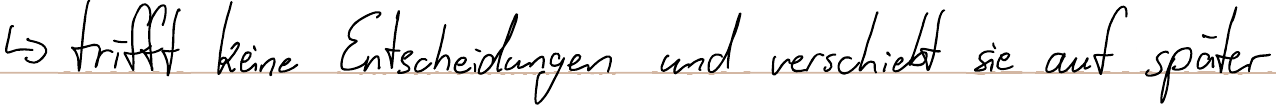
-> trifft keine Entscheidungen und verschiebt sie auf später